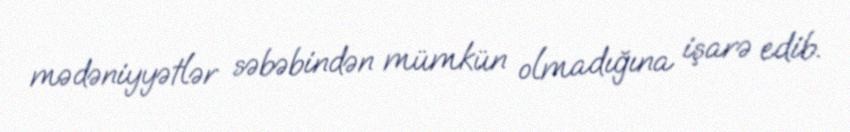
mədəniyyətlər səbəbindən mümkün olmadığına işarə edib.